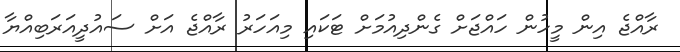
ރާއްޖެ އިން މީހުން ހައްޖަށް ގެންދިއުމަށް ޓަކައި މިއަހަރު ރާއްޖެ އަށް ސައުދީއަރަބިއްޔާ